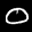
Label: 0